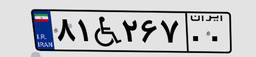
۸۱W۲۶۷۰۰